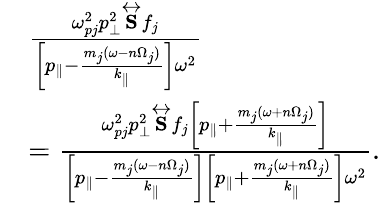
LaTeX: \begin{array}{rl}&{\frac{\omega_{pj}^{2}p_{\perp}^{2}\overleftrightarrow{\mathbf{S}}f_{j}}{\left[p_{\parallel}-\frac{m_{j}(\omega-n\Omega_{j})}{k_{\parallel}}\right]\omega^{2}}}\\ &{=\frac{\omega_{pj}^{2}p_{\perp}^{2}\overleftrightarrow{\mathbf{S}}f_{j}\left[p_{\parallel}+\frac{m_{j}(\omega+n\Omega_{j})}{k_{\parallel}}\right]}{\left[p_{\parallel}-\frac{m_{j}(\omega-n\Omega_{j})}{k_{\parallel}}\right]\left[p_{\parallel}+\frac{m_{j}(\omega+n\Omega_{j})}{k_{\parallel}}\right]\omega^{2}}.}\end{array}